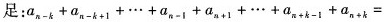
足：$$a_{n-k}+a_{n-k+1}+\cdots +a_{n-1}+a_{n+1}+\cdots +a_{n+k-1}+a_{n+k}=$$